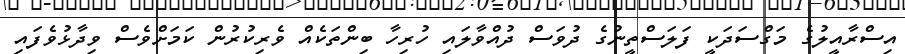
އިސްރާއީލުގެ މަގްސަދަކީ ފަލަސްތީނުގެ ދުވަސް ދުއްވާލައި ހުރިހާ ބިންތަކެއް ވެރިކުރުން ކަމަށްވެސް ވިދާޅުވެފައި